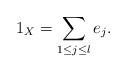
LaTeX: \begin{align*} 1_X =\sum_{1 \leq j \leq l} e_j .\end{align*}